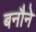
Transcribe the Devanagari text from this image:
बनौने